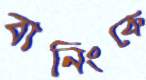
বানিংকে